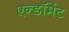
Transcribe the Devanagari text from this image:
एन्‍डॉमेंट